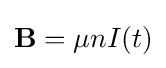
\mathbf {B} =\mu nI(t)